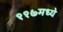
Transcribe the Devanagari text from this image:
११७मध्ये